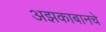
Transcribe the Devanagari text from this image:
अझकाबानचे